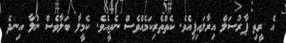
އެ ރީތި ޕާރުސަލް އިރާލައިފިއެވެ. ކެތްތެރިކަމެއްވެސް ނެތީއެވެ. ކެމީލާ ބަލާވެސް ނުލާ އިނދެ